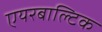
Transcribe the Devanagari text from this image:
एयरबाल्टिक